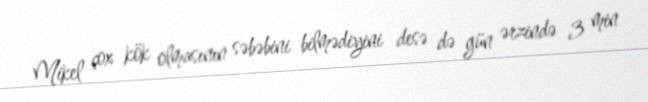
Mikel çox kök olmasının səbəbini bilmədiyini desə də gün ərzində 3 min